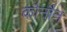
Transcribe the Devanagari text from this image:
कौनौन